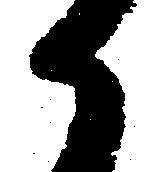
か